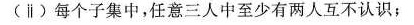
（ii）每个子集中，任意三人中至少有两人互不认识；